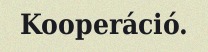
Kooperáció.